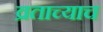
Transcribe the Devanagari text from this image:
व्रताच्याच